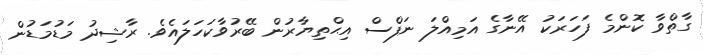
ގާތްވާ ކޮންމެ ފަހަރަކު އޭނާގެ އަމިއްލަ ނަފްސް އިޙްތިޔާރުން ބޭރުވާކަހަލައެވެ. ރާޝިދު މަޑުމަޑުން